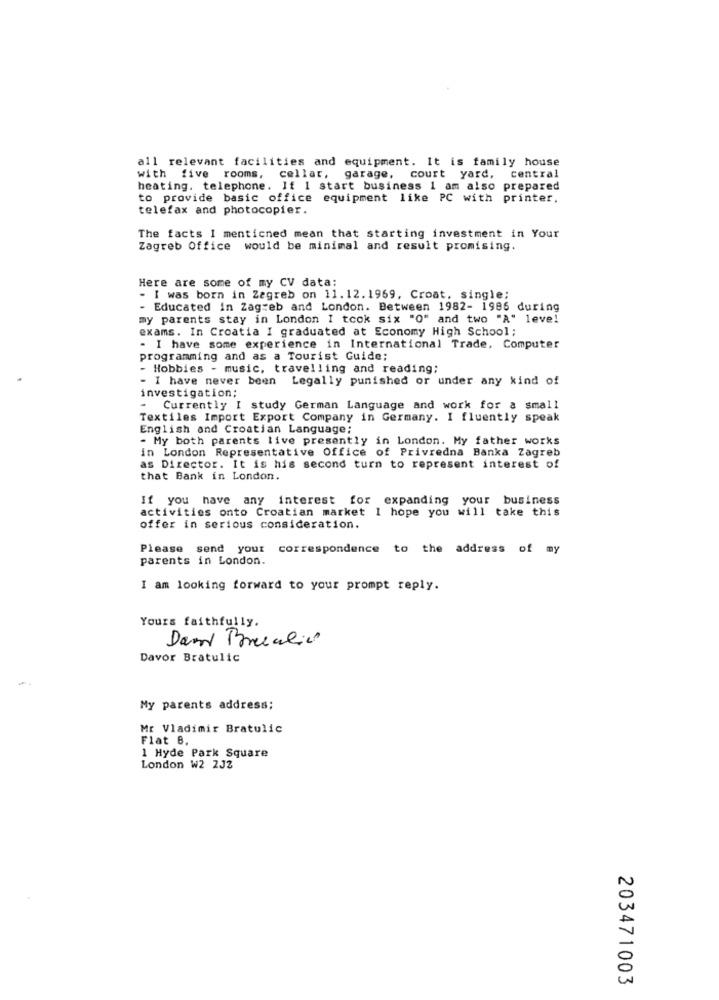
all relevant facilities and equipment. It is family house
with five rooms, cellar, garage, court yard, central
heating. telephone. If 1 start business 1 am also prepared
to provide basic office equipment like PC with printer.
telefax and photocopier.
The facts I menticned mean that starting investment in Your
Zagreb Office would be minimal and result promising.
Here are some of my CV data:
- I was born in Zagreb on 11.12.1969, Croat, single;
- Educated in Zagreb and London. Between 1982- 1996 during
my parents stay in London I took six "O" and two "A" leve!
exams. In Croatia I graduated at Economy High School;
- I have some experience in International Trade, Computer
programming and as a Tourist Guide;
- Hobbies - music, travelling and reading;
- I have never been Legally punished or under any kind of
.
investigation;
Currently I study German Language and work for a small
Textiles Import Export Company in Germany. I fluently speak
English and Croatian Language;
- My both parents live presently in London. My father works
in London Representative Office of Privredna Banka Zagreb
as Director. It is his second turn to represent interest of
that Bank in London.
If you have any interest for expanding your business
activities onto Croatian market I hope you will take this
offer in serious consideration.
Please send your correspondence to the address of my
parents in London.
I am looking forward to your prompt reply.
Yours faithfully.
Davor Bratulic
My parents address;
Mr Vladimir Bratulic
Flat 8.
1 Hyde Park Square
London W2 2J2
203471003